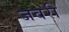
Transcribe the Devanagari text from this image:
जवरी